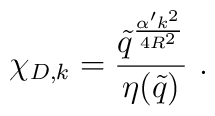
\chi_{D,k} = \frac{\tilde q^\frac{\alpha ' k^2}{4 R^2}}{\eta(\tilde q)}\ .